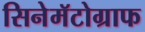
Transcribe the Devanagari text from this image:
सिनेमॅटोग्राफ